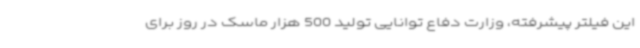
این فیلتر پیشرفته، وزارت دفاع توانایی تولید 500 هزار ماسک در روز برای